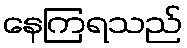
နေကြရသည်